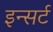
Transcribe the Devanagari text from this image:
इन्सर्ट